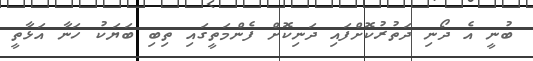
ބުނީ އެ ދޯނި ދަތުރުކޮށްފައި ދަނިކޮށް ފެންމަތީގައި ތިބި ބަޔަކު ހަނާ އަޅާތީ